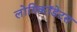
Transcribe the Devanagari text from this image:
लोंगिकॉडेटस